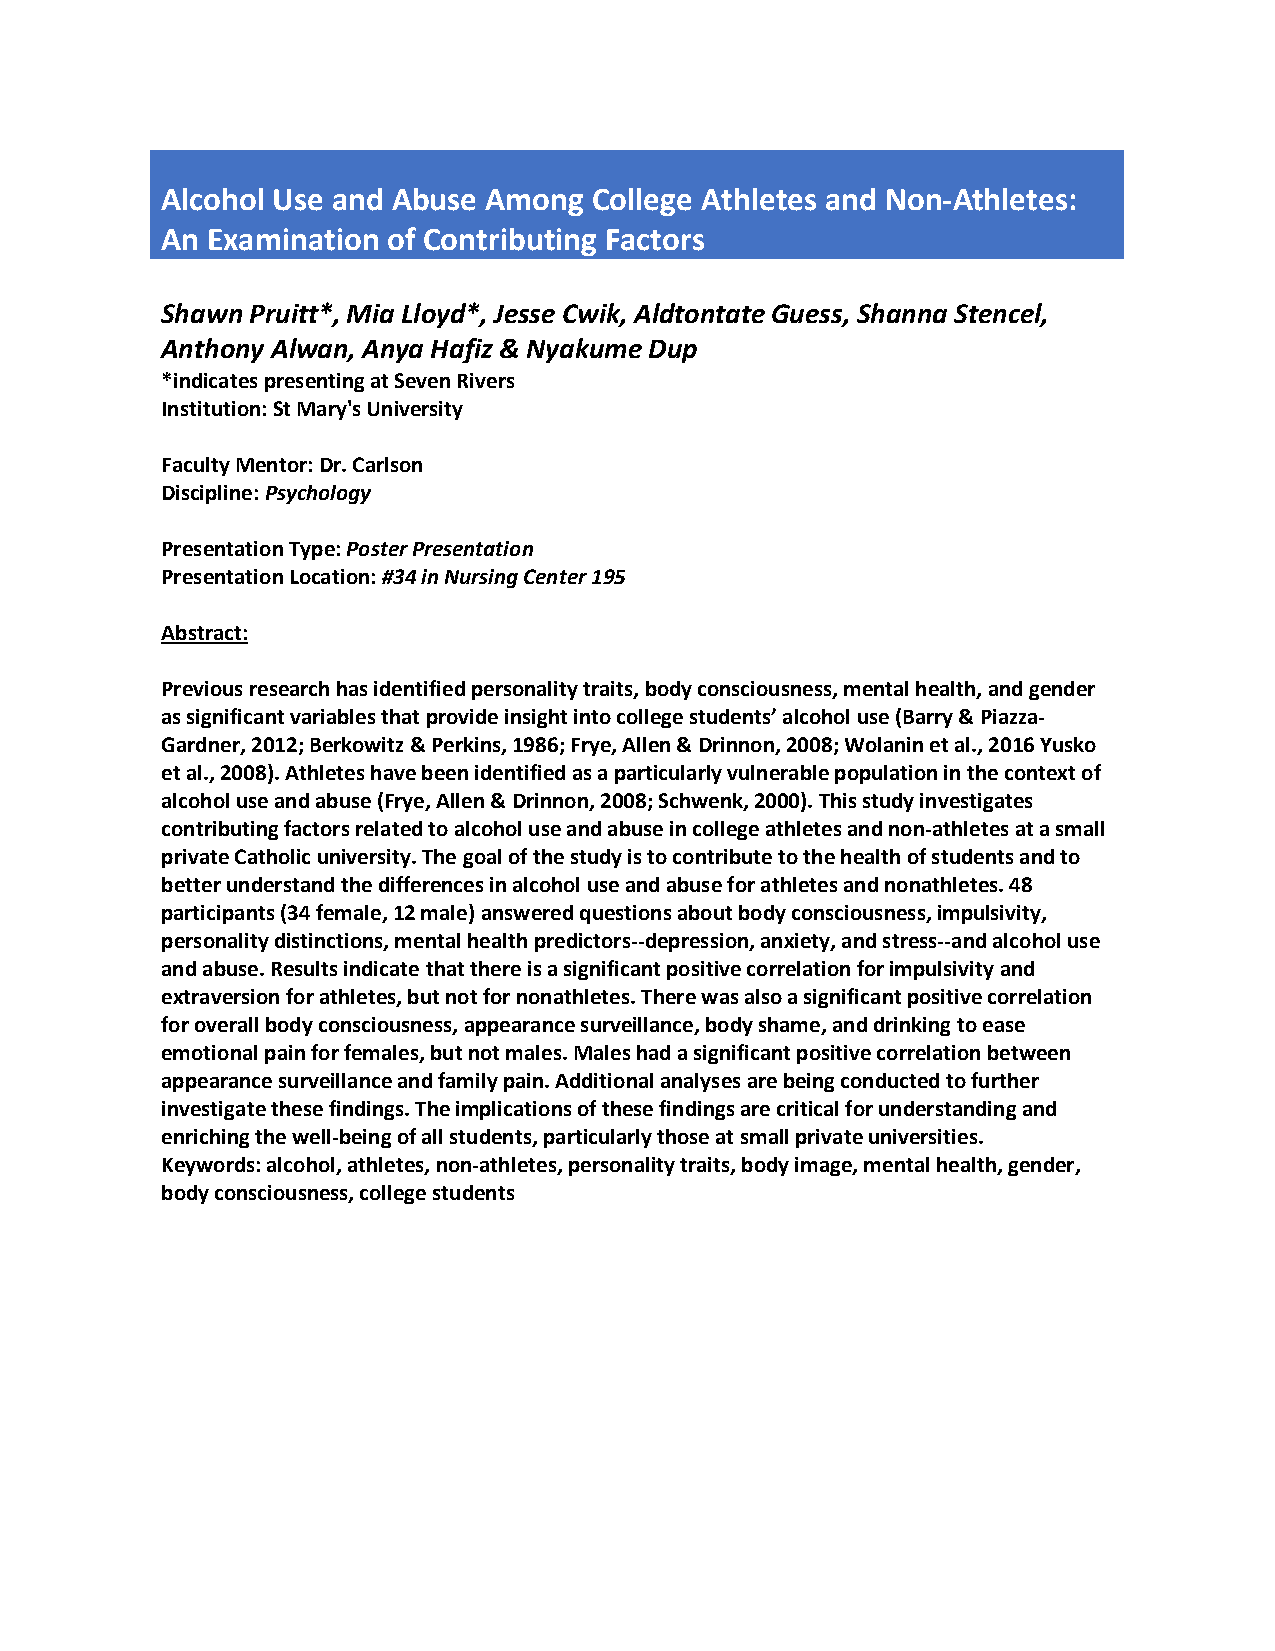
Alcohol Use and Abuse Among College Athletes and Non-Athletes:
 An Examination of Contributing Factors
 Shawn Pruitt*, Mia Lloyd*, Jesse Cwik, Aldtontate Guess, Shanna Stencel,
 Anthony Alwan, Anya Hafiz & Nyakume Dup
 *indicates presenting at Seven Rivers
 Institution: St Mary's University
 Faculty Mentor: Dr. Carlson
 Discipline: Psychology
 Presentation Type: Poster Presentation
 Presentation Location: #34 in Nursing Center 195
 Abstract:
 Previous research has identified personality traits, body consciousness, mental health, and gender
 as significant variables that provide insight into college students’ alcohol use (Barry & Piazza-
 Gardner, 2012; Berkowitz & Perkins, 1986; Frye, Allen & Drinnon, 2008; Wolanin et al., 2016 Yusko
 et al., 2008). Athletes have been identified as a particularly vulnerable population in the context of
 alcohol use and abuse (Frye, Allen & Drinnon, 2008; Schwenk, 2000). This study investigates
 contributing factors related to alcohol use and abuse in college athletes and non-athletes at a small
 private Catholic university. The goal of the study is to contribute to the health of students and to
 better understand the differences in alcohol use and abuse for athletes and nonathletes. 48
 participants (34 female, 12 male) answered questions about body consciousness, impulsivity,
 personality distinctions, mental health predictors--depression, anxiety, and stress--and alcohol use
 and abuse. Results indicate that there is a significant positive correlation for impulsivity and
 extraversion for athletes, but not for nonathletes. There was also a significant positive correlation
 for overall body consciousness, appearance surveillance, body shame, and drinking to ease
 emotional pain for females, but not males. Males had a significant positive correlation between
 appearance surveillance and family pain. Additional analyses are being conducted to further
 investigate these findings. The implications of these findings are critical for understanding and
 enriching the well-being of all students, particularly those at small private universities.
 Keywords: alcohol, athletes, non-athletes, personality traits, body image, mental health, gender,
 body consciousness, college students